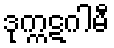
ဒုက္ကဋဂါမီ